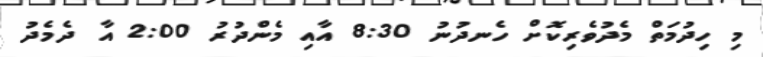
މި ހިދުމަތް މެދުވެރިކޮށް ހެނދުނު 8:30 އާއި މެންދުރު 2:00 އާ ދެމެދު